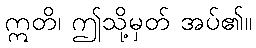
ဣတိ၊ ဤသို့မှတ် အပ်၏။